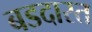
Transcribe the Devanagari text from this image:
बडदास्त